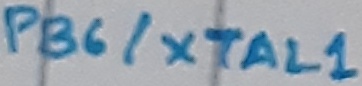
Text: PB6/XTAL1